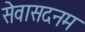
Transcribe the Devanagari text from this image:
सेवासदनम